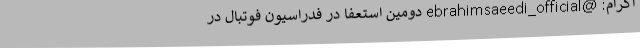
اگرام: @ebrahimsaeedi_official دومین استعفا در فدراسیون فوتبال در